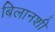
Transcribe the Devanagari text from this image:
बिलानशी